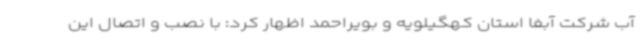
آب شرکت آبفا استان کهگیلویه و بویراحمد اظهار کرد: با نصب و اتصال این